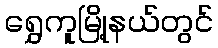
ရွှေကူမြို့နယ်တွင်